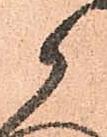
候